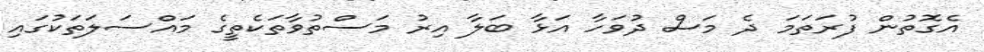
އެގޮތުން ފުރަތަމަ ދެ މަސް ދުވަހާ އަޅާ ބަލާ އިރު މަސްތުވާތަކެތީގެ މައްސަލަތަކުގައި